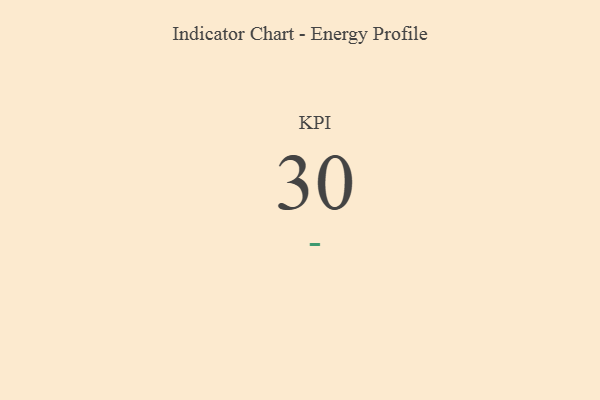
{"axis": {"x": "KPI", "y": "Value"}, "legend": [""], "data": [{"x": "KPI", "y": 30, "type": ""}]}